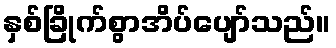
နှစ်ခြိုက်စွာအိပ်ပျော်သည်။